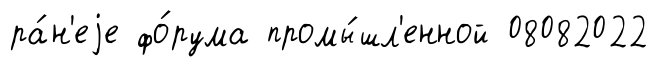
ра́н'еjе фо́рума промы́шл'енной 08082022